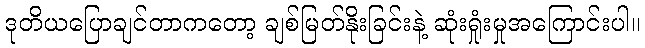
ဒုတိယပြောချင်တာကတော့ ချစ်မြတ်နိုးခြင်းနဲ့ ဆုံးရှုံးမှုအကြောင်းပါ။